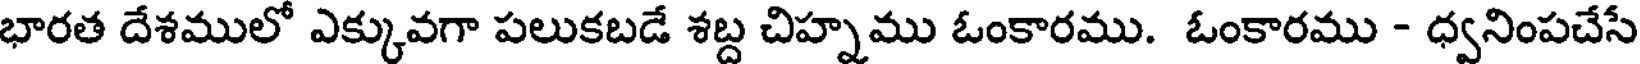
భారత దేశములో ఎక్కువగా పలుకబడే శబ్ద చిహ్నము ఓంకారము. ఓంకారము - ధ్వనింపచేసే